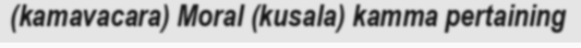
(kamavacara) Moral (kusala) kamma pertaining